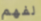
لفهم